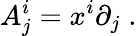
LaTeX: A_{j}^{i}=x^{i}\partial_{j}\; .